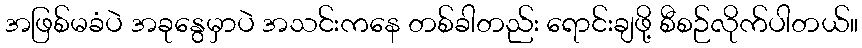
အဖြစ်မခံပဲ အခုနွေမှာပဲ အသင်းကနေ တစ်ခါတည်း ရောင်းချဖို့ စီစဉ်လိုက်ပါတယ်။